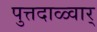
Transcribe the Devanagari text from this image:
पुत्तदाळ्वार्